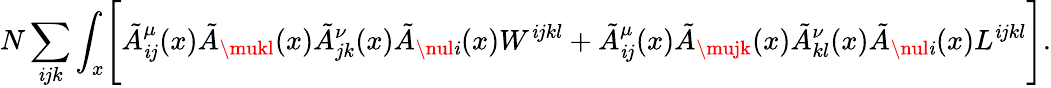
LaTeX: N\sum_{\mathit{i}jk}\int_{x}\Biggl[\tilde{{A}}_{\mathit{i}j}^{\mu}(x)\tilde{{A}}_{\mukl}(x)\tilde{{A}}_{jk}^{\nu}(x)\tilde{{A}}_{\nul\mathit{i}}(x)W^{\mathit{i}jkl}+\tilde{{A}}_{\mathit{i}j}^{\mu}(x)\tilde{{A}}_{\mujk}(x)\tilde{{A}}_{kl}^{\nu}(x)\tilde{{A}}_{\nul\mathit{i}}(x)L^{\mathit{i}jkl}\Biggr].